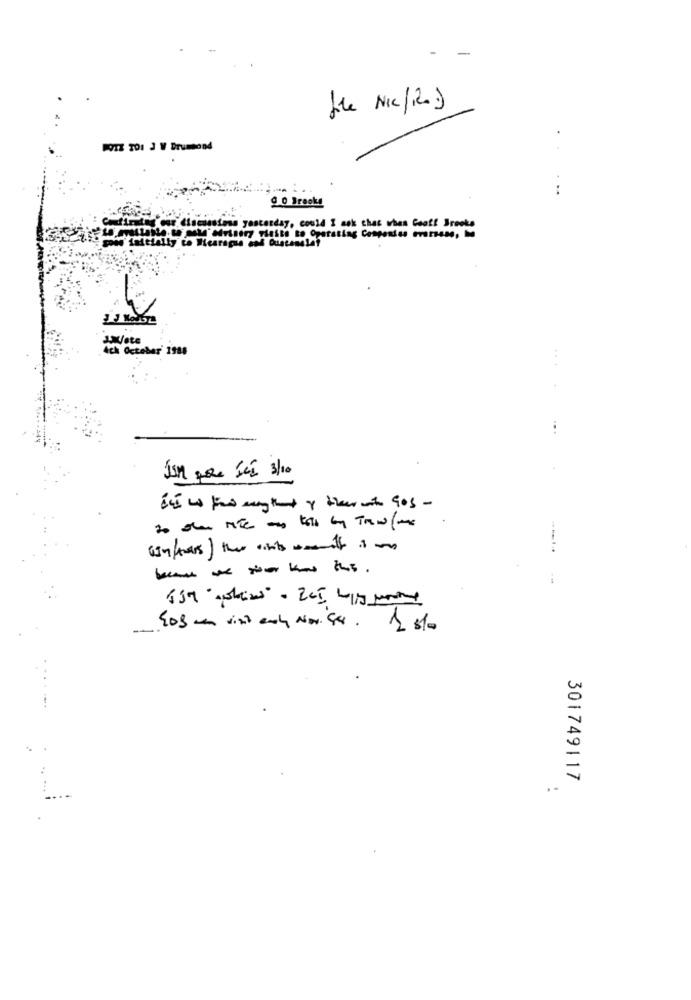
-
Hola NIC/12.)
MOTZ TOI J W Drumond
..
9 0 Brooke
AT discussions yesterday, could I ask that when Geof! Sreeks
Lote
4ch October' 1988
SOM pou Sei 3/10
------
-
Eos an vist enchy Nov. 44. 1 st
301749117